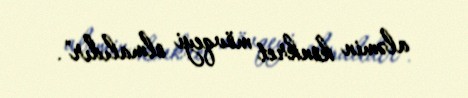
aləmin konkret mövqeyi olmalıdır".